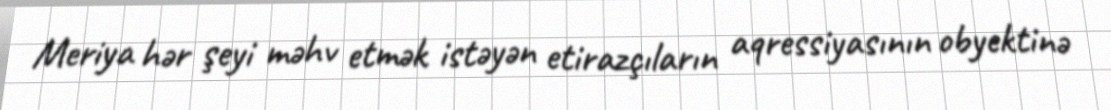
Meriya hər şeyi məhv etmək istəyən etirazçıların aqressiyasının obyektinə